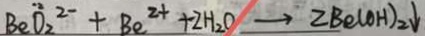
B e ^ { - 2 } O _ { 2 } ^ { 2 - } + B e ^ { 2 + } + 2 H _ { 2 } O \rightarrow 2 B e ( O H ) _ { 2 } \downarrow